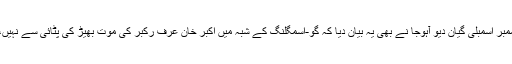
الور کے رام گڑھ سے بی جے پی ممبر اسمبلی گیان دیو آہوجا نے بھی یہ بیان دیا کہ گو-اسمگلنگ کے شبہ میں اکبر خان عرف ركبر کی موت بھیڑ کی پٹائی سے نہیں، بلکہ پولیس کی مار سے ہوئی ہے۔